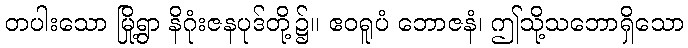
တပါးသော မြို့ရွာ နိဂုံးဇနပုဒ်တို့၌။ ဧဝရူပံ ဘောဇနံ၊ ဤသို့သဘောရှိသော